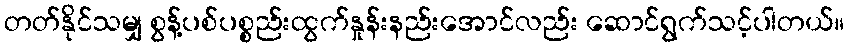
တတ်နိုင်သမျှ စွန့်ပစ်ပစ္စည်းထွက်နှုန်းနည်းအောင်လည်း ဆောင်ရွက်သင့်ပါတယ်။